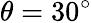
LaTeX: \theta=30^{\circ}